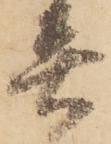
着